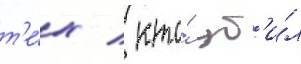
т'е́х / кто́ уб'и́л